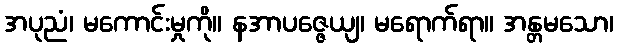
အပုညံ၊ မကောင်းမှုကို။ နအာပဇ္ဇေယျ၊ မရောက်ရာ။ အန္တမသော၊